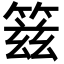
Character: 䈘